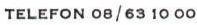
TELEFON 08/63 10 00